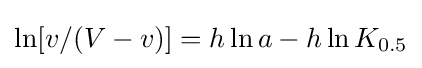
\ln[v/(V-v)]=h\ln a-h\ln K_{0.5}